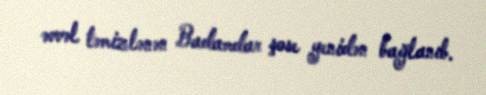
əvvəl təmizlənən Badamdar şose yenidən bağlanıb.